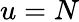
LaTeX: u=N